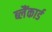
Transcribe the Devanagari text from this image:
ब्लैंकार्ड